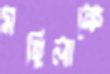
মহিলাকে